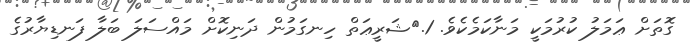
ގޮތަށް ޢަމަލު ކުރުމަކީ މަނާކަމެކެވެ. 1.	ޝަރީޢަތް ހިނގަމުން ދަނިކޮށް މައްސަލަ ބަލާ ފަނޑިޔާރުގެ